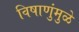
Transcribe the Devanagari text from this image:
विषाणुंमुळे